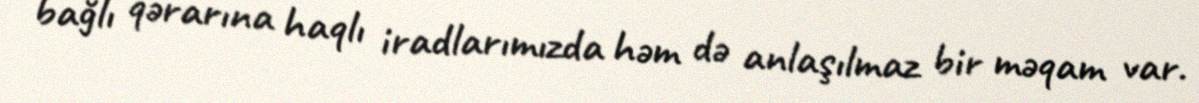
bağlı qərarına haqlı iradlarımızda həm də anlaşılmaz bir məqam var.